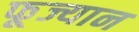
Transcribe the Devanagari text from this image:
फूज्यान